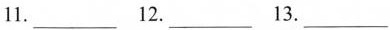
11.___ 12.___ 13.___